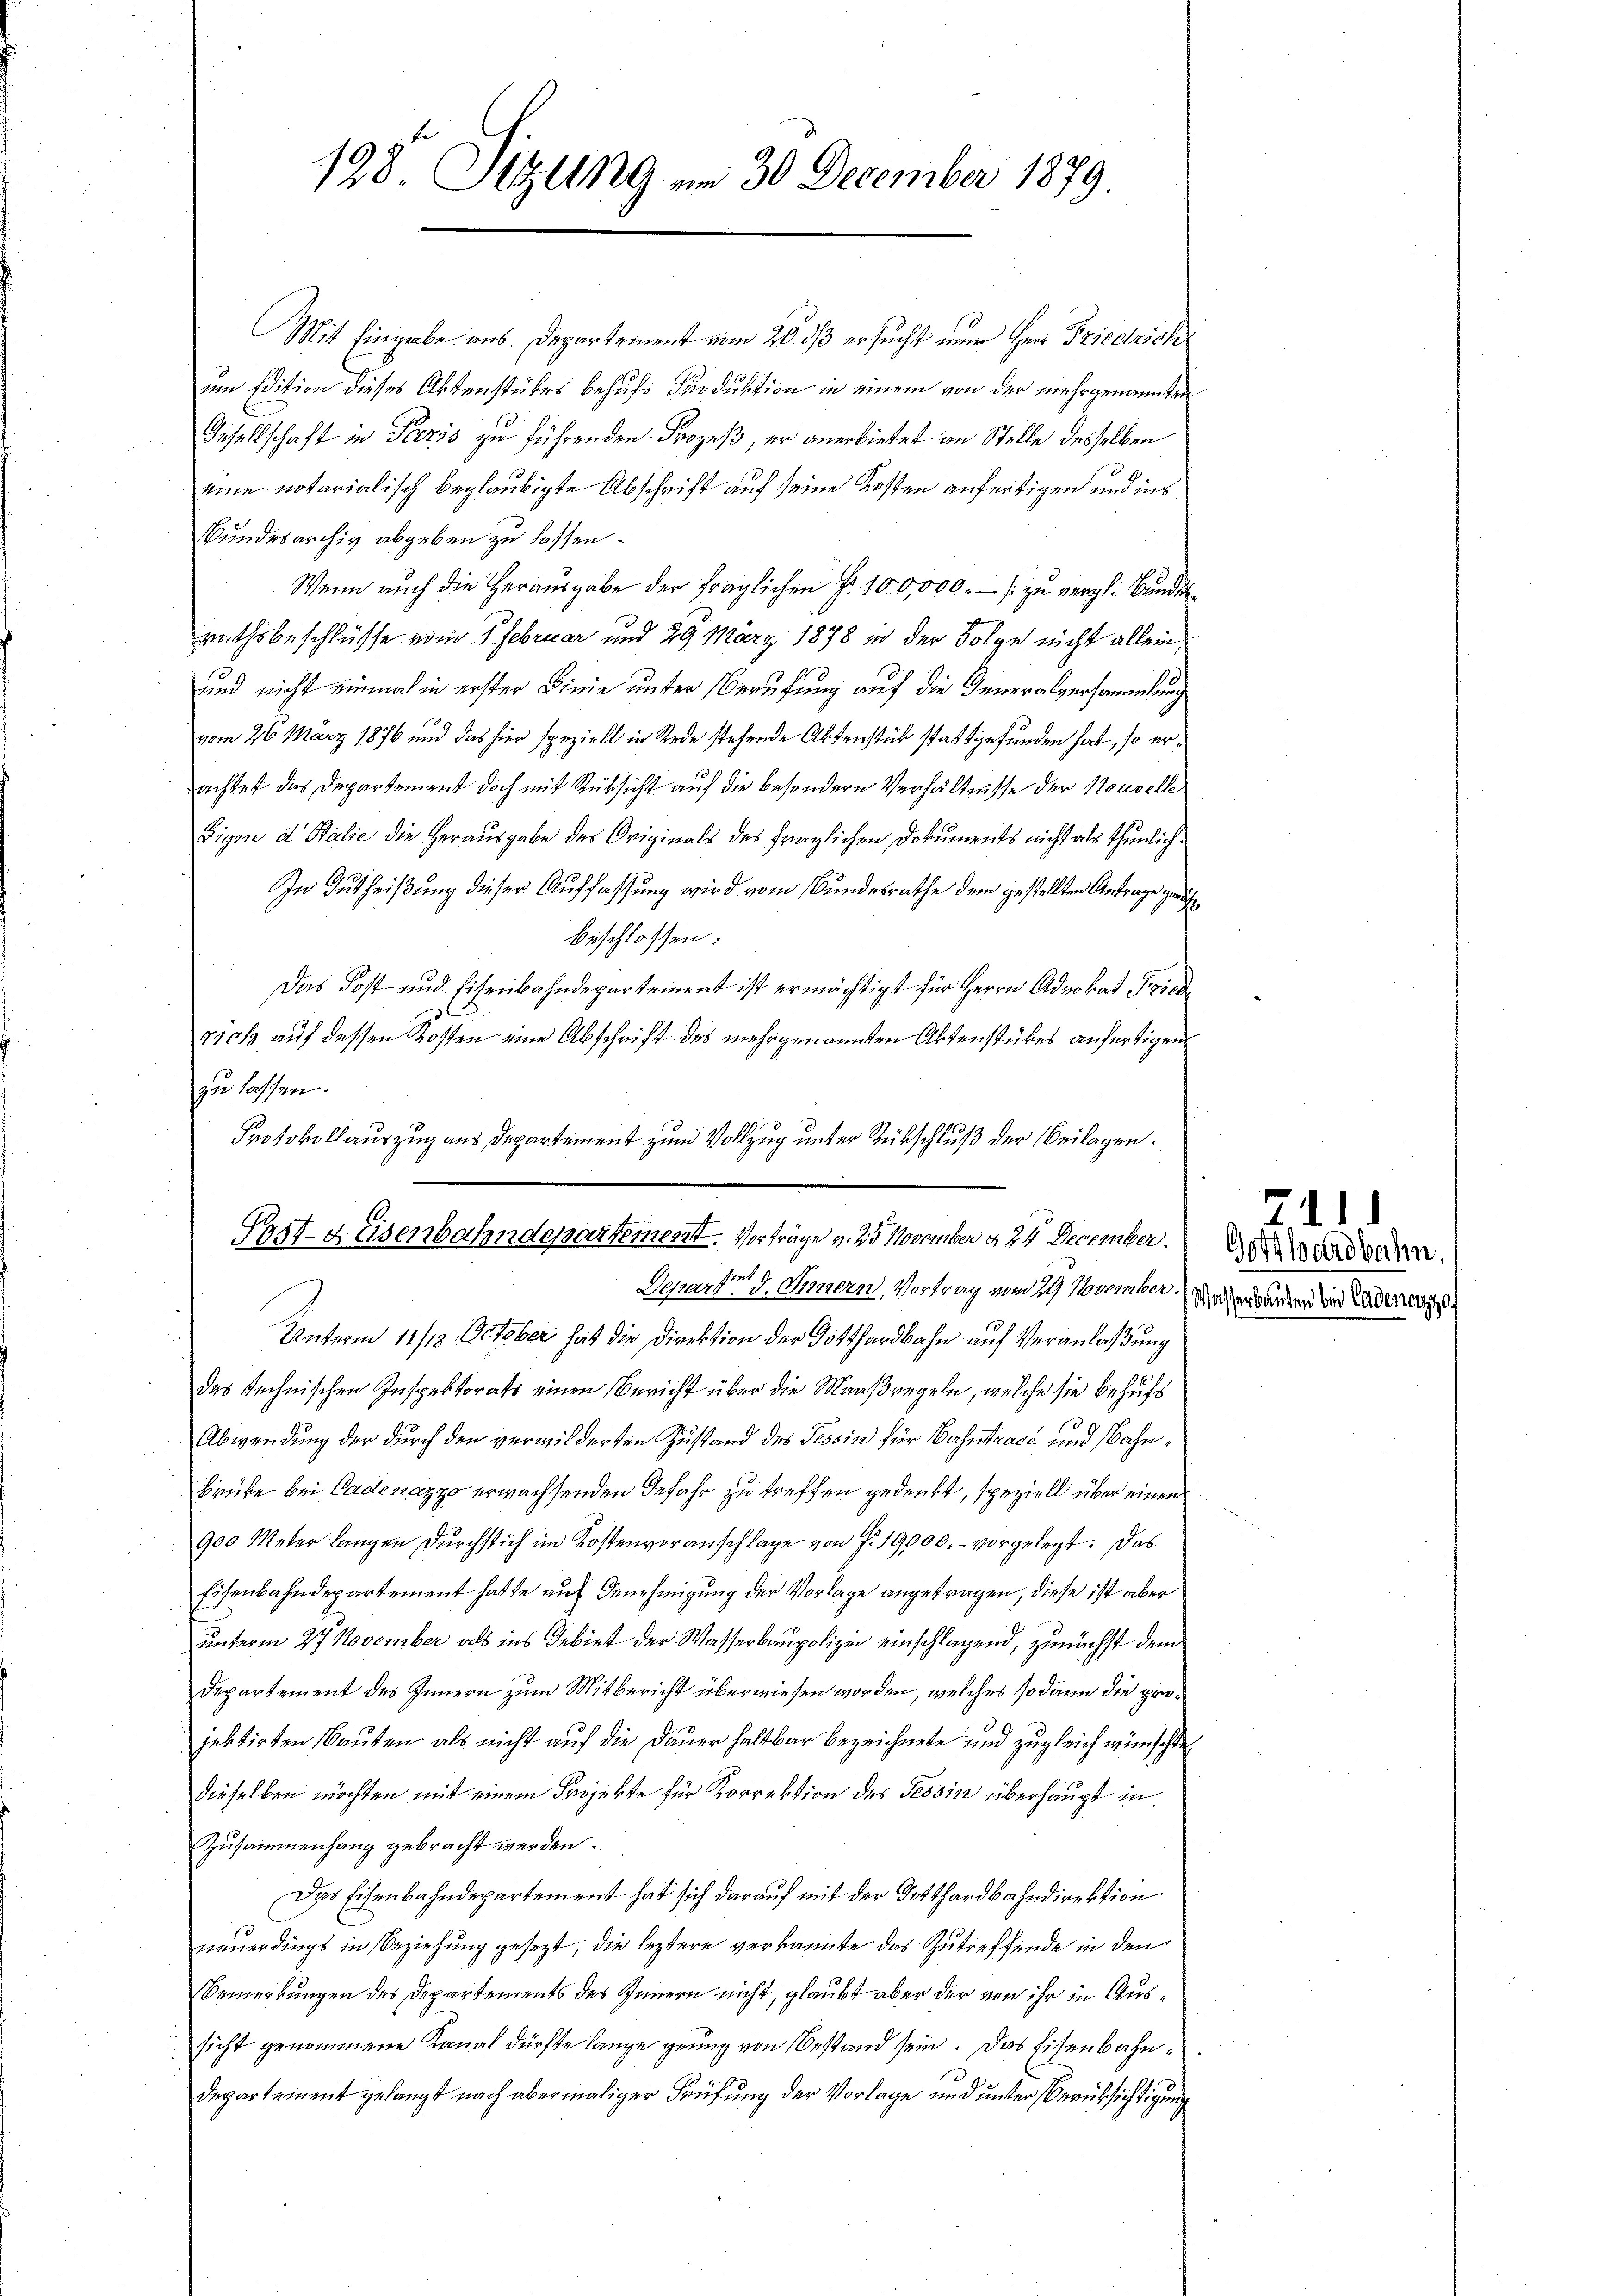
198. Sitzung am 30 December 1879

Mit Eingabe aus. Departement vom 20. ds ersucht nur Herr Friedrich
um Edition dieses Aktenstückes behufs Produktion in einem von der mehrgenannten
Gesellschaft in Paris zu führenden Prozeß, er anerbietet in Stelle desselben
eine notarialisch beglaubigte Abschrift auf seine Kosten anfertigen und ins
Bundesarchiv abgeben zu lassen.
Wenn auch die Herausgabe der fraglichen Fr. 100,000.- / zu vergl. Bundesrathsbeschlüsse vom 1 Februar und 29 März 1878 in der Folge nicht allein¬
und nicht einmal in erster Linie unter Berufung auf die Generalversammlung
vom 26. März 1876 und das hier speziell in Rede stehende Aktenstück stattgefunden hat, so erachtet das Departement doch mit Rücksicht auf die besondern Verhältnisse der Nouvelle
Eigne et Stalie die Herausgabe des Originals des fraglichen Dokuments nicht als thunlich¬
In Gutheißung dieser Auffassung wird vom Bundesrathe dem gestellten Antrage gerich
beschlossen:
Das Post- und Eisenbahndepartement ist ermächtigt für Herrn Advokat Friede
tick auf dessen Kosten eine Abschrift des mehrgenannten Aktenstückes anfertigen
zu lassen.
Protokollauszug aus Departement zum Vollzug unter Rückschluß der Beilagen.
Departe 9. Innern, Vortrag vom 29 November. Wacher wurden die Ladenen
Unterm 11/12. October hat die Direktion der Gotthardbahn auf Veranlaßung
das Rechnischen Inspektorats einen Bericht über die Maaßregeln, welche sie behufs
Abwendung der durch den verwilderten Zustand des Tessin für Bahntracé und Bahn¬
Brüke bei Cadenazzo erwachsenden Gefahr zu treffen gedenkt, speziell über einen
900 Meter langen durchstich im Kostenvoranschlage von Fr. 19000.- vorgelegt. Das
Eisenbahndepartement hatte auf Genehmigung der Vorlage angetragen, diese ist aber
unterm 27 November als ins Gebiet der Wasserbaupolizei einschlagend, zunächst dem
Departement des Innern zum Mitbericht überwiesen worden, welches sodann die projektirten Bauten als nicht auf die Dauer haltbar bezeichnete und zugleich wünschte
dieselben möchten mit einem Projekte für Korrektion des Tessin überhaupt in
Zusammenhang gebracht werden.
Das Eisenbahndepartement hat sich darauf mit der Totthardbahndirektion
neuerdings in Beziehung gesezt, die leztere verkannte das Zutreffende in den
Bemerkungen des Departements des Innern nicht, glaubt aber der von ihr in Aussicht genommene Kanal dürfte lange genug von Bestand sein. Das Eisenbahndepartement gelangt nach abermaliger Prüfung der Vorlage und unter Berüksichtigung

Sart-Weisenbahndepartement. Vorträge v. 25. November § 24 December.

Gotthardbahn

2111